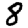
Digit: 8